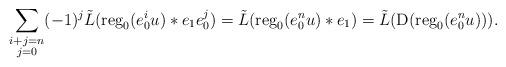
LaTeX: \begin{align*}\sum_{\substack{i+j=n\\j=0}}(-1)^{j}\tilde{L}({\rm reg}_{0}(e_{0}^{i}u)*e_{1}e_{0}^{j}) & =\tilde{L}({\rm reg}_{0}(e_{0}^{n}u)*e_{1})=\tilde{L}({\rm D}({\rm reg}_{0}(e_{0}^{n}u))).\end{align*}